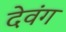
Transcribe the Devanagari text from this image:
देवंग